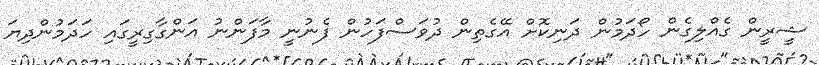
ޝީރީން ގެއްލިގެން ހޯދަމުން ދަނިކޮށް އޭގެތިން ދުވަސްފަހުން ފެނުނީ މާފަންނު އަންގާގިރީގައި ހަދަމުންދިޔަ